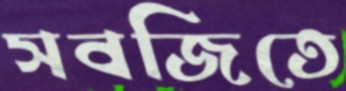
সবজিতে